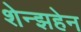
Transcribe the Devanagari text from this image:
शेन्झहेन